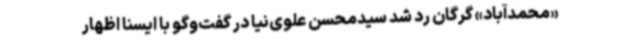
«محمدآباد» گرگان رد شد سیدمحسن علوی‌نیا در گفت‌وگو با ایسنا اظهار